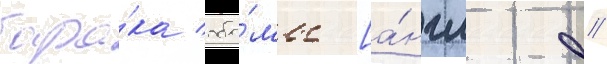
бара́ка оба́мы [а́нгл. //